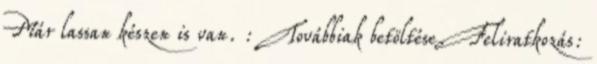
Már lassan készen is van. : Továbbiak betöltése. Feliratkozás: